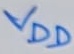
Text: VDD